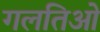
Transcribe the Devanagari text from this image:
गलतिओं